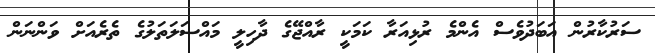
ސަރުކާރުން އަބަދުވެސް އެންމެ ރުޅިއަރާ ކަމަކީ ރާއްޖޭގެ ދާހިލީ މައްސަލަތަލުގެ ތެރެއަށް ވަންނަން